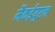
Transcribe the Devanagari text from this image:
मैकईयुएन